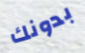
بدونك